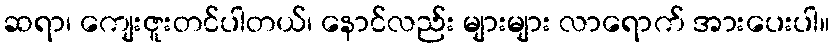
ဆရာ၊ ကျေးဇူးတင်ပါတယ်၊ နောင်လည်း များများ လာရောက် အားပေးပါ။